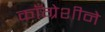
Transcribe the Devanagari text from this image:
काँग्रेशीने